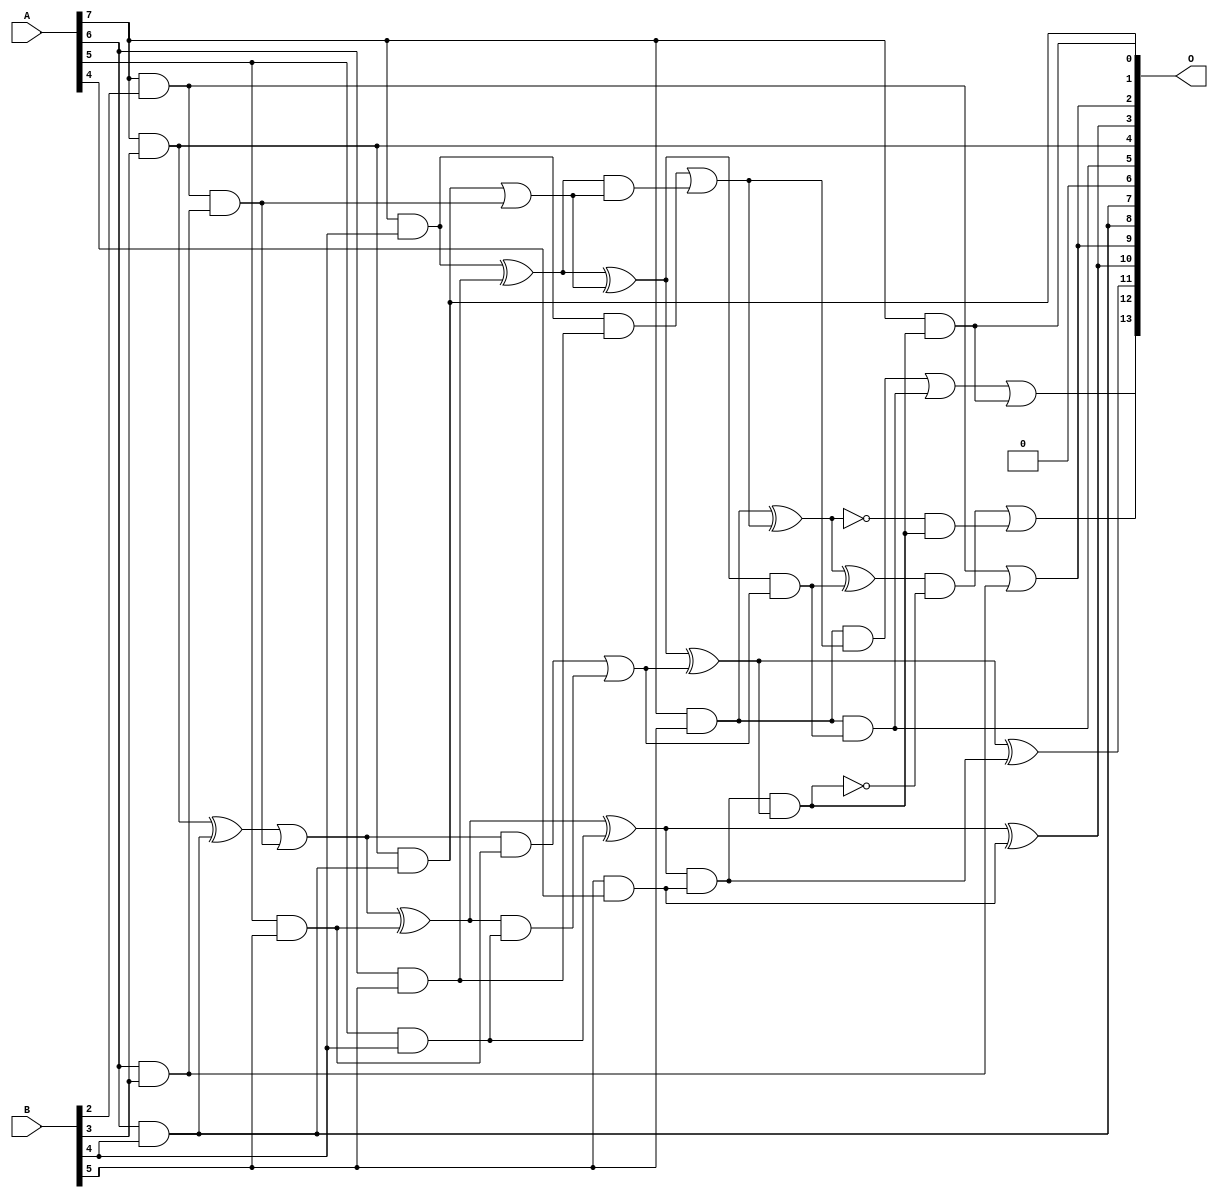
// This program was cloned from: https://github.com/ehw-fit/evoapproxlib
// License: MIT License

/***
* This code is a part of EvoApproxLib library (ehw.fit.vutbr.cz/approxlib) distributed under The MIT License.
* When used, please cite the following article(s): V. Mrazek, L. Sekanina, Z. Vasicek "Libraries of Approximate Circuits: Automated Design and Application in CNN Accelerators" IEEE Journal on Emerging and Selected Topics in Circuits and Systems, Vol 10, No 4, 2020 
* This file contains a circuit from a sub-set of pareto optimal circuits with respect to the pwr and mae parameters
***/
// MAE% = 2.42 %
// MAE = 397 
// WCE% = 9.94 %
// WCE = 1629 
// WCRE% = 101.56 %
// EP% = 97.92 %
// MRE% = 29.00 %
// MSE = 242086 
// PDK45_PWR = 0.032 mW
// PDK45_AREA = 116.4 um2
// PDK45_DELAY = 0.57 ns

module mul8x6u_247 (
    A,
    B,
    O
);

input [7:0] A;
input [5:0] B;
output [13:0] O;

wire sig_51,sig_93,sig_94,sig_125,sig_126,sig_135,sig_136,sig_137,sig_168,sig_169,sig_171,sig_172,sig_178,sig_179,sig_180,sig_202,sig_206,sig_207,sig_208,sig_209;
wire sig_210,sig_211,sig_212,sig_213,sig_214,sig_215,sig_224,sig_225,sig_226,sig_227,sig_228,sig_229,sig_239,sig_240,sig_241,sig_243,sig_261,sig_265,sig_269,sig_270;
wire sig_271,sig_272,sig_275,sig_276;

assign sig_51 = A[7] & B[2];
assign sig_93 = A[6] & B[3];
assign sig_94 = A[7] & B[3];
assign sig_125 = sig_51 | sig_93;
assign sig_126 = sig_51 & sig_93;
assign sig_135 = A[5] & B[4];
assign sig_136 = A[6] & B[4];
assign sig_137 = A[7] & B[4];
assign sig_168 = sig_94 ^ sig_136;
assign sig_169 = sig_94 & sig_136;
assign sig_171 = sig_168 | sig_126;
assign sig_172 = sig_169 | sig_126;
assign sig_178 = A[5] & B[5];
assign sig_179 = A[6] & B[5];
assign sig_180 = A[7] & B[5];
assign sig_202 = B[5] & A[4];
assign sig_206 = sig_171 ^ sig_178;
assign sig_207 = sig_171 & sig_178;
assign sig_208 = sig_206 & sig_135;
assign sig_209 = sig_206 ^ sig_135;
assign sig_210 = sig_207 | sig_208;
assign sig_211 = sig_137 ^ sig_179;
assign sig_212 = sig_137 & sig_179;
assign sig_213 = sig_211 & sig_172;
assign sig_214 = sig_211 ^ sig_172;
assign sig_215 = sig_212 | sig_213;
assign sig_224 = sig_209 & sig_202;
assign sig_225 = sig_209 ^ sig_202;
assign sig_226 = sig_214 & sig_210;
assign sig_227 = sig_214 ^ sig_210;
assign sig_228 = sig_180 & sig_215;
assign sig_229 = sig_180 ^ sig_215;
assign sig_239 = sig_227 ^ sig_224;
assign sig_240 = sig_180 & sig_226;
assign sig_241 = sig_229 ^ sig_226;
assign sig_243 = sig_224 & sig_227;
assign sig_261 = sig_228 | sig_240;
assign sig_265 = ~sig_229;
assign sig_269 = ~sig_243;
assign sig_270 = sig_241 & sig_269;
assign sig_271 = sig_265 & sig_243;
assign sig_272 = sig_270 | sig_271;
assign sig_275 = A[7] & sig_243;
assign sig_276 = sig_261 | sig_275;

assign O[13] = sig_276;
assign O[12] = sig_272;
assign O[11] = sig_239;
assign O[10] = sig_225;
assign O[9] = sig_125;
assign O[8] = sig_136;
assign O[7] = sig_136;
assign O[6] = 1'b0;
assign O[5] = sig_240;
assign O[4] = sig_94;
assign O[3] = sig_225;
assign O[2] = sig_125;
assign O[1] = sig_169;
assign O[0] = sig_275;

endmodule